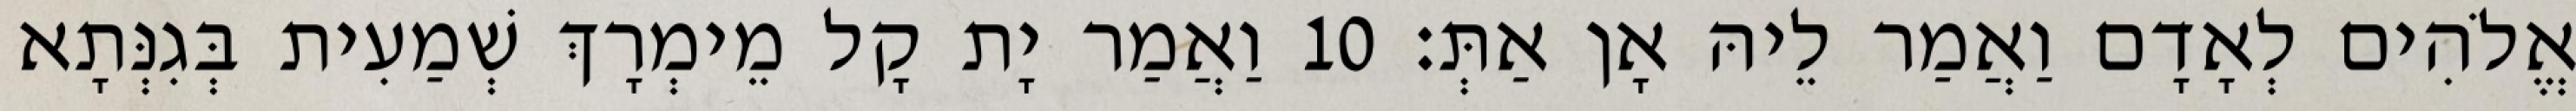
אֱלֹהִים לְאָדָם וַאֲמַר לֵיהּ אָן אַתְּ׃ 10 וַאֲמַר יָת קָל מֵימְרָךְ שְׁמַעִית בְּגִנְּתָא